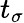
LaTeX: t_{\sigma}